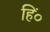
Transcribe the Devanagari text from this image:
हिं०